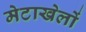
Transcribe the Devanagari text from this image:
मेटाखेलों